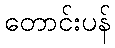
တောင်းပန်